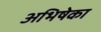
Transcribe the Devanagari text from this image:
अभिषेका